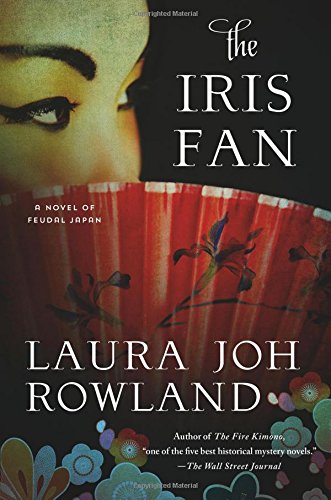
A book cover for The Iris Fan: A Novel of Feudal Japan (Sano Ichiro Novels); Laura Joh Rowland; Literature & Fiction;